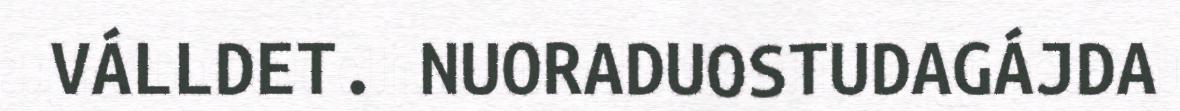
VÁLLDET. NUORADUOSTUDAGÁJDA